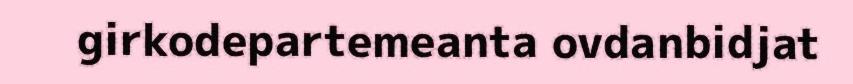
girkodepartemeanta ovdanbidjat